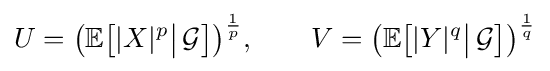
U={\bigl (}\mathbb {E} {\bigl [}|X|^{p}{\big |}\,{\mathcal {G}}{\bigr ]}{\bigr )}^{\frac {1}{p}},\qquad V={\bigl (}\mathbb {E} {\bigl [}|Y|^{q}{\big |}\,{\mathcal {G}}{\bigr ]}{\bigr )}^{\frac {1}{q}}